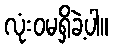
လုံးဝမရှိခဲ့ပါ။